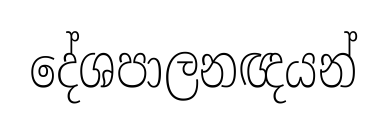
දේශපාලනඥයන්